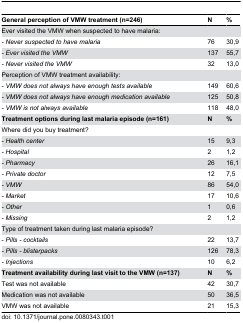
<table><thead><tr><td><b>General perception of VMW treatment (n=246)</b></td><td><b>N</b></td><td><b>%</b></td></tr></thead><tbody><tr><td>Ever visited the VMW when suspected to have malaria:</td><td></td><td></td></tr><tr><td><i>- Never suspected to have malaria</i></td><td>76</td><td>30,9</td></tr><tr><td><i>- Ever visited the VMW</i></td><td>137</td><td>55,7</td></tr><tr><td><i>- Never visited the VMW</i></td><td>32</td><td>13,0</td></tr><tr><td>Perception of VMW treatment availability:</td><td></td><td></td></tr><tr><td>- <i>VMW</i><i></i><i>does</i><i></i><i>not</i><i></i><i>always</i><i></i><i>have</i><i></i><i>enough</i><i></i><i>tests</i><i></i><i>available</i></td><td>149</td><td>60,6</td></tr><tr><td><i>- VMW does not always have enough medication available</i></td><td>125</td><td>50,8</td></tr><tr><td><i>- VMW is not always available</i></td><td>118</td><td>48,0</td></tr><tr><td><b>Treatment options during last malaria episode (n=161)</b></td><td><b>N</b></td><td><b>%</b></td></tr><tr><td>Where did you buy treatment?</td><td></td><td></td></tr><tr><td>- <i>Health</i><i></i><i>center</i></td><td>15</td><td>9,3</td></tr><tr><td><i>- Hospital</i></td><td>2</td><td>1,2</td></tr><tr><td><i>- Pharmacy</i></td><td>26</td><td>16,1</td></tr><tr><td><i>- Private doctor</i></td><td>12</td><td>7,5</td></tr><tr><td><i>- VMW</i></td><td>86</td><td>54,0</td></tr><tr><td><i>- Market</i></td><td>17</td><td>10,6</td></tr><tr><td><i>- Other</i></td><td>1</td><td>0,6</td></tr><tr><td><i>- Missing</i></td><td>2</td><td>1,2</td></tr><tr><td>Type of treatment taken during last malaria episode?</td><td></td><td></td></tr><tr><td>- <i>Pills</i><i></i><i>- cocktails</i></td><td>22</td><td>13,7</td></tr><tr><td><i>- Pills - blisterpacks</i></td><td>126</td><td>78,3</td></tr><tr><td><i>- Injections</i></td><td>10</td><td>6,2</td></tr><tr><td><b>Treatment availability during last visit to the VMW (n=137)</b></td><td><b>N</b></td><td><b>%</b></td></tr><tr><td>Test was not available</td><td>42</td><td>30,7</td></tr><tr><td>Medication was not available</td><td>50</td><td>36,5</td></tr><tr><td>VMW was not available</td><td>21</td><td>15,3</td></tr></tbody></table>